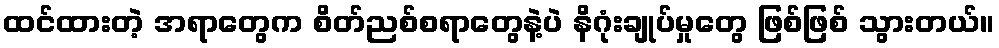
ထင်ထားတဲ့ အရာတွေက စိတ်ညစ်စရာတွေနဲ့ပဲ နိဂုံးချုပ်မှုတွေ ဖြစ်ဖြစ် သွားတယ်။